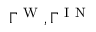
\Gamma ^ { \mathrm { ~ W ~ } } , \Gamma ^ { \mathrm { ~ I ~ N ~ } }